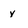
Character: y